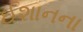
ઈશાનના